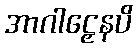
အာဂါဠှေနပိ